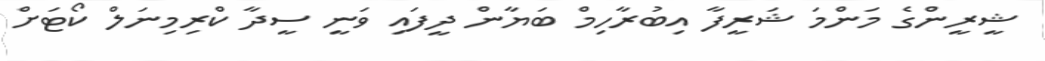
ޝީރީންގެ މަންމަ ޝަރީފާ އިބުރާހިމް ބަޔާން ދީފައި ވަނީ ސީދާ ކްރިމިނަލް ކޯޓަށް